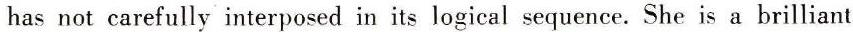
has not carefully interposed in its logical sequence. She is a brilliant